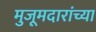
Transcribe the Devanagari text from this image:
मुजूमदारांच्या